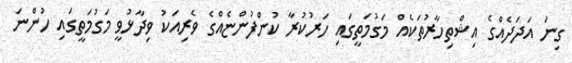
ގިނަ އަދަދެއްގެ އިޝްތިހާރުތަކެއް މަގުމަތީގައި ހަރުކުރާ ކުންފުންޏެއްގެ ވެރިއަކު ވިދާޅުވީ މަގުމަތީގައި ހުންނަ